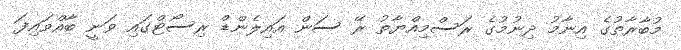
މުބާރާތުގެ އިނާމު ދިނުމުގެ ރަސްމިއްޔާތު ރޭ ސަން އައިލެންޑް ރިސޯޓްގައި ވަނީ ބާއްވައިފަ